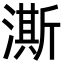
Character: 澌